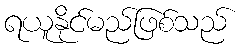
ရယူနိုင်မည်ဖြစ်သည်